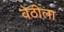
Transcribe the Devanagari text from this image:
वेठीला